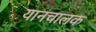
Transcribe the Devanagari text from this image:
यानचालक